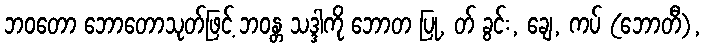
ဘဝတော ဘောတောသုတ်ဖြင့် ဘဝန္တ သဒ္ဒါကို ဘောတ ပြု, တ် ခွင်း, ချေ, ကပ် (ဘောတီ),